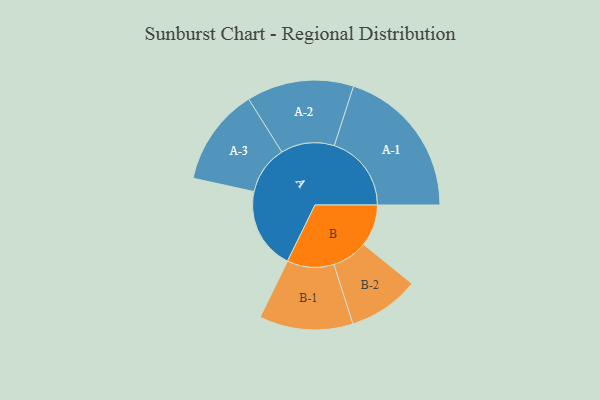
{"axis": {"x": "Segment", "y": "Value"}, "legend": ["", "A", "B"], "data": [{"x": "A", "y": 305, "type": ""}, {"x": "B", "y": 156, "type": ""}, {"x": "A-1", "y": 288, "type": "A"}, {"x": "A-2", "y": 200, "type": "A"}, {"x": "A-3", "y": 182, "type": "A"}, {"x": "B-1", "y": 175, "type": "B"}, {"x": "B-2", "y": 133, "type": "B"}]}